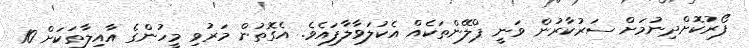
ފޯރުކޮށްދިނުމަށް ސަރުކާރުން ވަނީ ޕްލޭންތަކެއް އެކުލަވާލާފައެވެ. އެގޮތުން މަރުވި މީހުންގެ އާއިލާތަކަށް 10